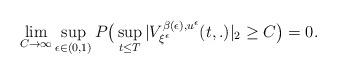
LaTeX: \begin{align*} \lim_{C\rightarrow \infty}\sup_{{\epsilon}\in(0,1)}P\big( \sup_{t\leq T} |V^{\beta({\epsilon}), u^{\epsilon}}_{\xi^{\epsilon}}(t,.)|_{2} \geq C\big) = 0.\end{align*}